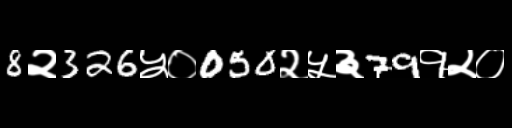
Text: 8२326५०050२५३79१२०